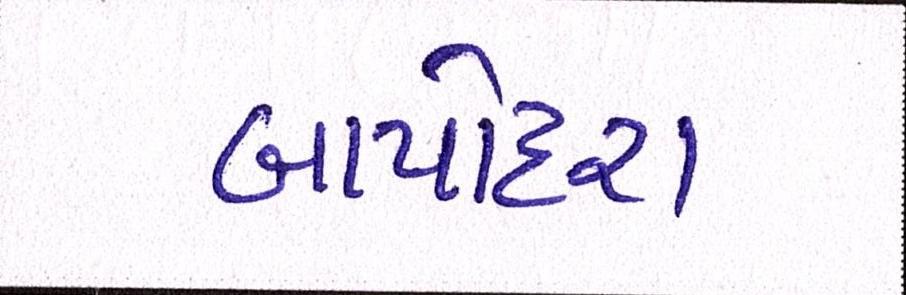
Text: બાપોદરા